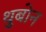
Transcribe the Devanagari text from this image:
थुबोन